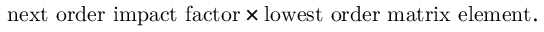
\mathrm { n e x t ~ o r d e r ~ i m p a c t ~ f a c t o r } \times \mathrm { l o w e s t ~ o r d e r ~ m a t r i x ~ e l e m e n t } .